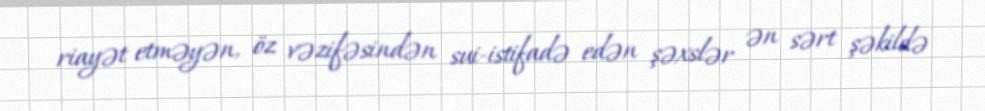
riayət etməyən, öz vəzifəsindən sui-istifadə edən şəxslər ən sərt şəkildə